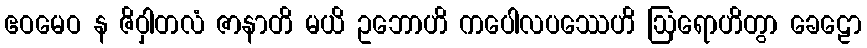
ဧဝမေဝ န ဇိဝှါတလံ ဇာနာတိ မယိ ဥဘောဟိ ကပေါလပဿေဟိ ဩရောဟိတွာ ခေဠော